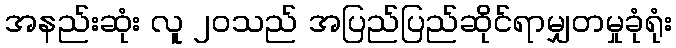
အနည်းဆုံး လူ ၂၀သည် အပြည်ပြည်ဆိုင်ရာမျှတမှုခုံရုံး